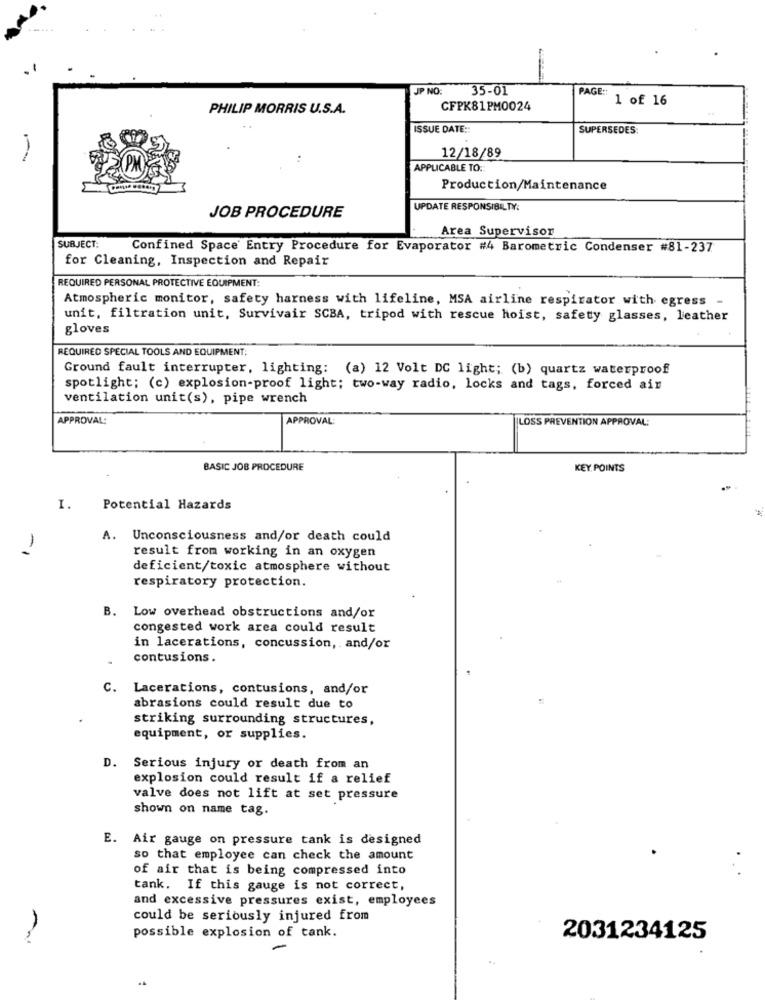
JP NO
35-01
PAGE ::
1 of 16
PHILIP MORRIS U.S.A.
CFPK81PM0024
ISSUE DATE ::
SUPERSEDES:
12/18/89
APPLICABLE TO ::
Production/Maintenance
UPDATE RESPONSIBILTY:
JOB PROCEDURE
Area Supervisor
SUBJECT:
Confined Space Entry Procedure for Evaporator #4 Barometric Condenser #81-237
for Cleaning, Inspection and Repair
REQUIRED PERSONAL PROTECTIVE EQUIPMENT:
Atmospheric monitor, safety harness with lifeline, MSA airline respirator with egress -
unit, filtration unit, Survivair SCBA, tripod with rescue hoist, safety glasses, leather
gloves
REQUIRED SPECIAL TOOLS AND EQUIPMENT:
Ground fault interrupter, lighting: (a) 12 Volt DC light; (b) quartz waterproof
spotlight; (c) explosion-proof light; two-way radio, locks and tags, forced air
ventilation unit(s), pipe wrench
APPROVAL:
APPROVAL
ILOSS PREVENTION APPROVAL:
BASIC JOB PROCEDURE
KEY POINTS
I.
Potential Hazards
A.
Unconsciousness and/or death could
1
result from working in an oxygen
deficient/toxic atmosphere without
respiratory protection.
B. Low overhead obstructions and/or
congested work area could result
in lacerations, concussion, and/or
contusions.
C. Lacerations, contusions, and/or
abrasions could result due to
striking surrounding structures,
equipment, or supplies.
D. Serious injury or death from an
explosion could result if a relief
valve does not lift at set pressure
shown on name tag.
E. Air gauge on pressure tank is designed
so that employee can check the amount
of air that is being compressed into
tank. If this gauge is not correct,
and excessive pressures exist, employees
could be seriously injured from
possible explosion of tank.
2031234125